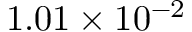
1 . 0 1 \times 1 0 ^ { - 2 }